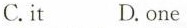
C.it D.one